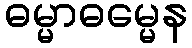
ဓမ္မာဓမ္မေန